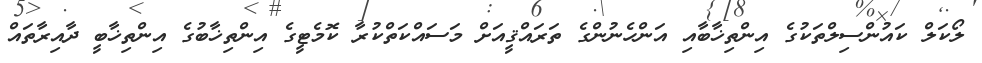
ލޯކަލް ކައުންސިލްތަކުގެ އިންތިޚާބާއި އަންހެނުންގެ ތަރައްޤީއަށް މަސައްކަތްކުރާ ކޮމެޓީގެ އިންތިޚާބުގެ އިންތިޚާބީ ދާއިރާތައް